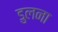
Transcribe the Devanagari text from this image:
डुलना